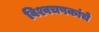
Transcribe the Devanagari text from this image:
विश्वचषकांचे